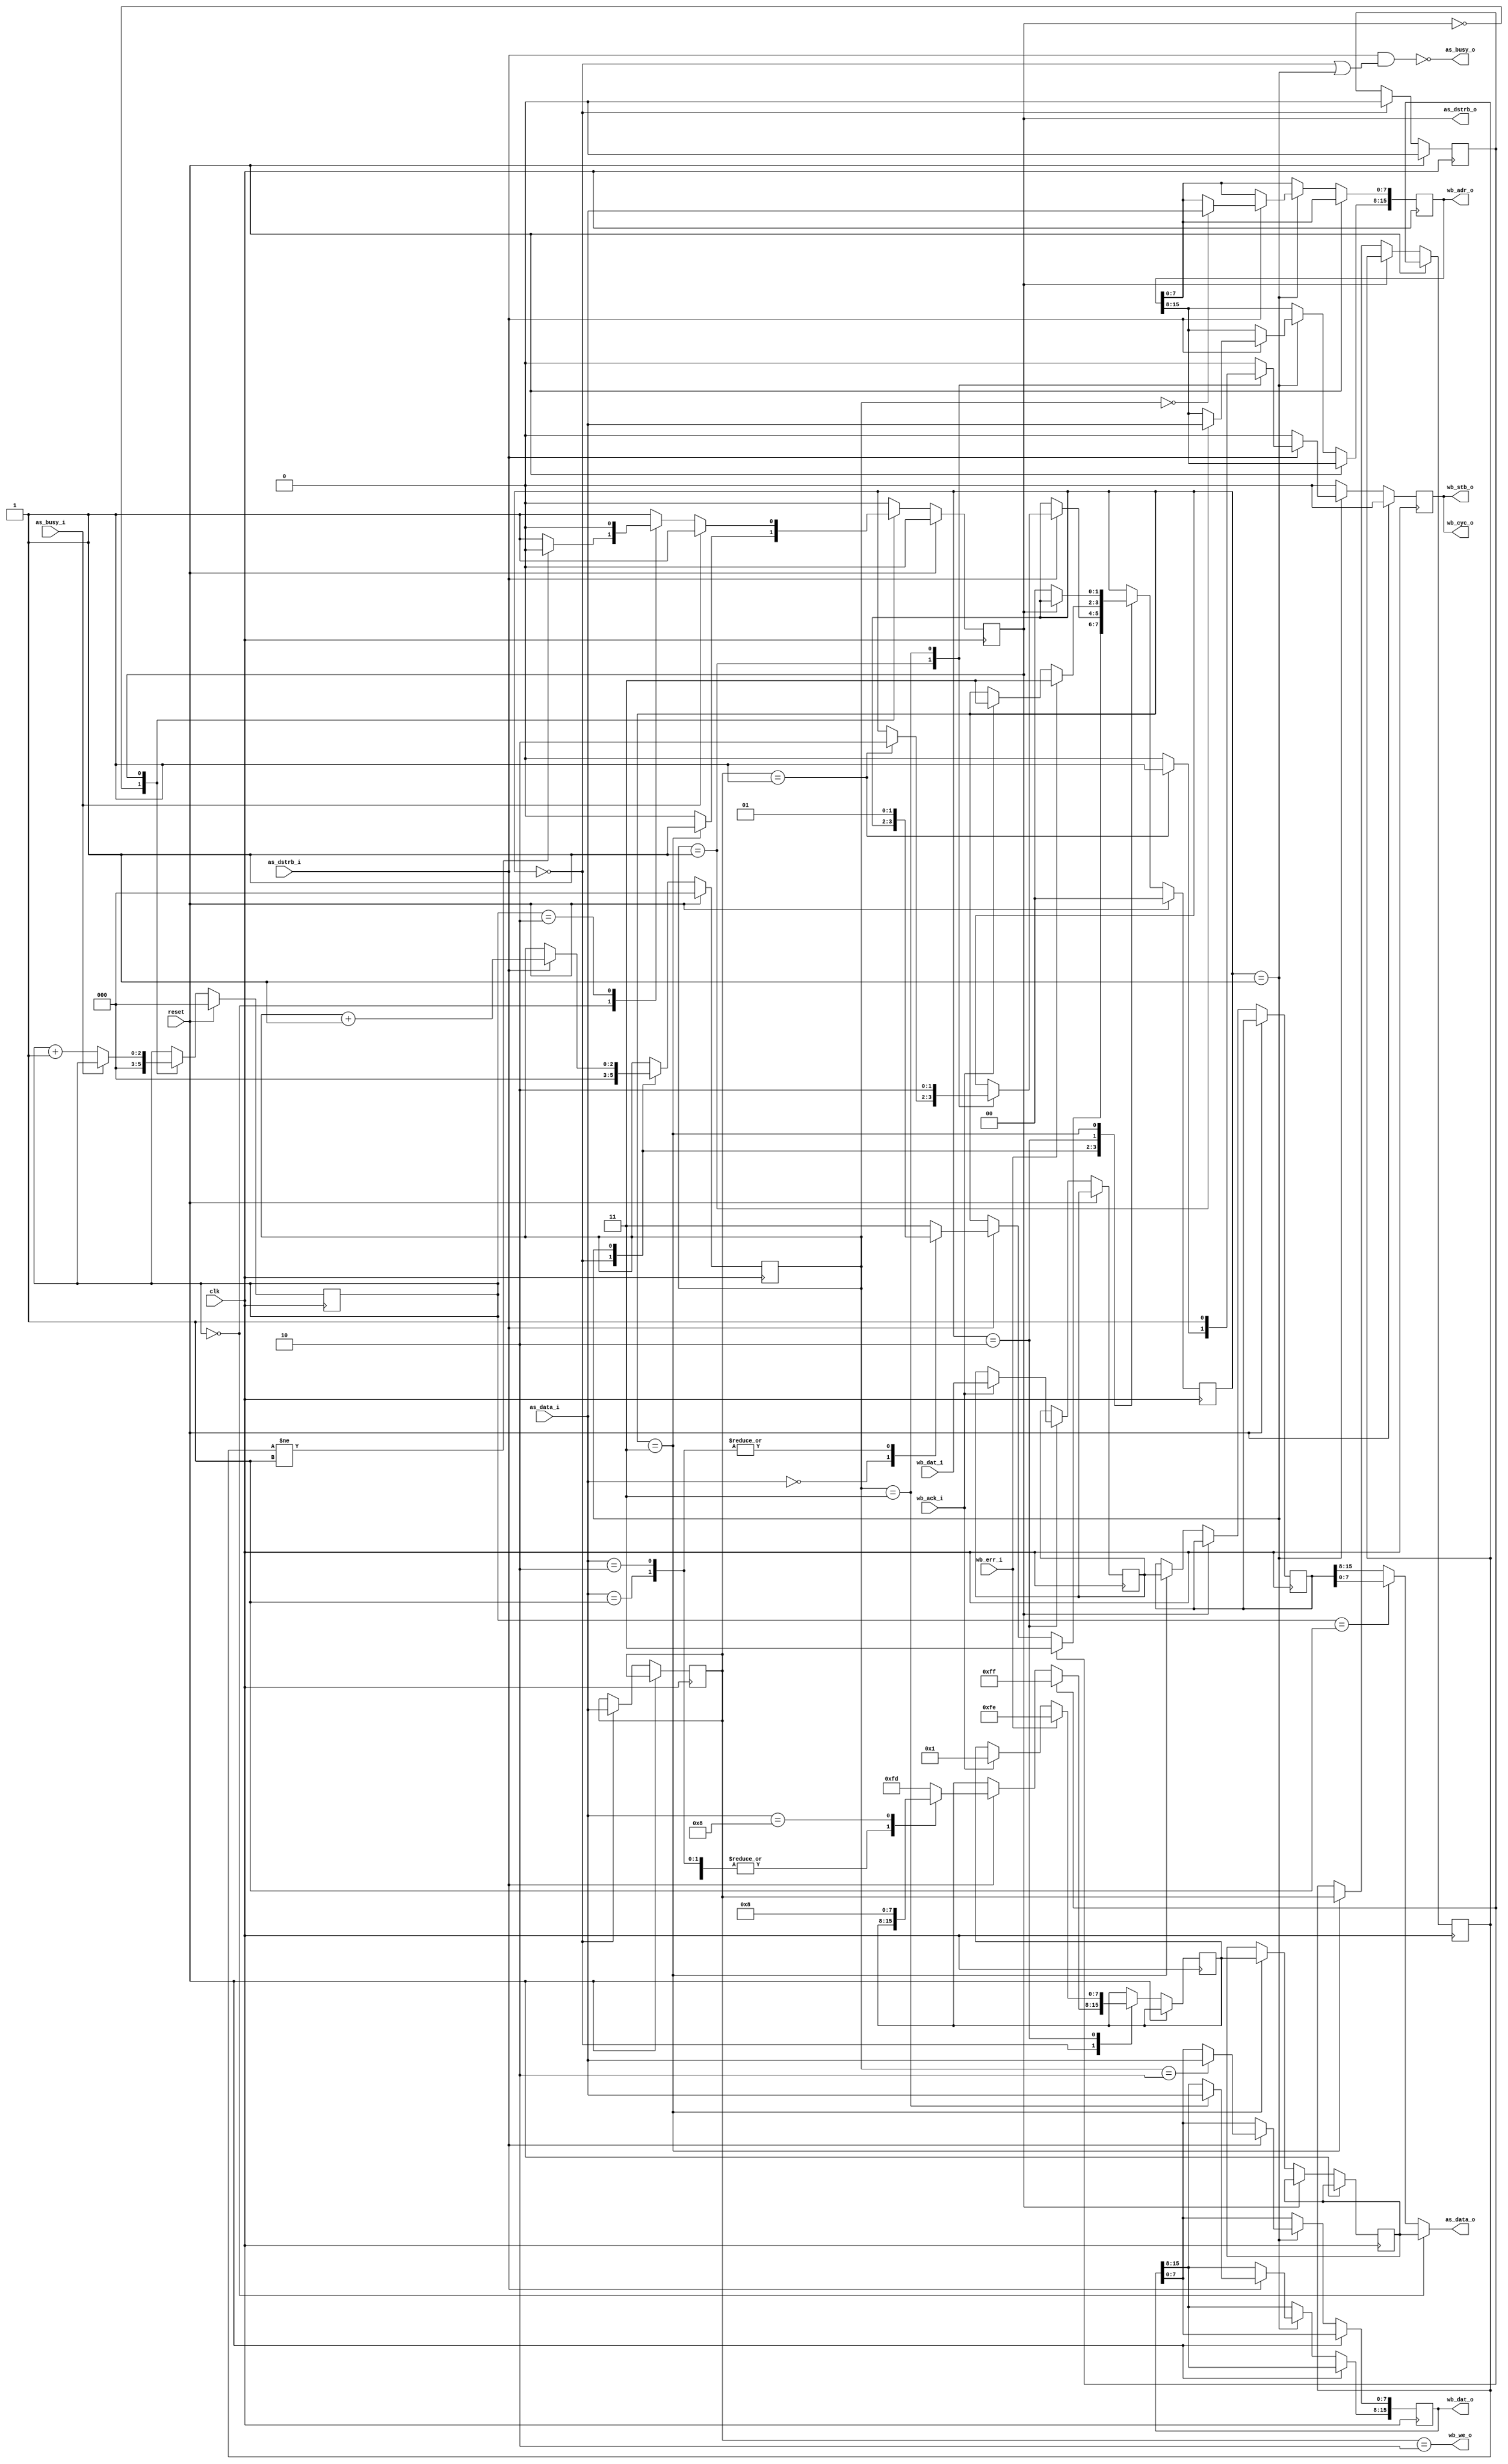
module as_wb_bridge(
    clk, reset, 
    as_data_i, as_dstrb_i, as_busy_o,
    as_data_o, as_dstrb_o, as_busy_i,

    wb_we_o, wb_cyc_o, wb_stb_o,
    wb_adr_o, wb_dat_o, wb_dat_i,
    wb_ack_i, wb_err_i
  ); 
  parameter USE_INPUT_FIFO  = 0;
  parameter USE_OUTPUT_FIFO = 0;

  input  clk, reset;
  
  input  [7:0] as_data_i;
  output [7:0] as_data_o;
  input  as_dstrb_i, as_busy_i;
  output as_dstrb_o, as_busy_o;
  
  output wb_we_o, wb_cyc_o, wb_stb_o;
  output [15:0] wb_adr_o;
  output [15:0] wb_dat_o;
  input  [15:0] wb_dat_i;
  input  wb_ack_i, wb_err_i;

  localparam COMMAND_NOP       = 8'd0;
  localparam COMMAND_READ      = 8'd1;
  localparam COMMAND_WRITE     = 8'd2;
  localparam COMMAND_PING      = 8'd8;

  localparam RESPONSE_ACK      = 8'd1;
  localparam RESPONSE_PING     = 8'd8;
  localparam RESPONSE_CMDERROR = 8'd253;
  localparam RESPONSE_BUSERROR = 8'd254;
  localparam RESPONSE_OVERFLOW = 8'd255;

  /* Global Data-In Signals */
  wire [7:0] datai;
  wire datai_valid;
  wire datai_rd;
  wire datai_overflow;

  /* Global Data-Out Signals */

  wire [7:0] datao;
  wire datao_valid;
  wire datao_ready;

  /* Wishbone Transmit Strobe */
  reg wb_transmit_strb;

  /* State Machine */

  reg [1:0] state;

  localparam STATE_COMMAND  = 3'd0;
  localparam STATE_COLLECT  = 3'd1;
  localparam STATE_WAIT     = 3'd2;
  localparam STATE_RESPONSE = 3'd3;

  reg  [7:0] cmd_type;
  reg [15:0] cmd_addr; 
  reg [15:0] cmd_data; 

  reg  [2:0] collect_progress;

  reg  [7:0] resp_type;
  reg [15:0] resp_data;

  reg datai_overflow_reg;

  wire response_ack;
  /* ack from response transmission logic */

  always @(posedge clk) begin
    /* Single-cycle strobes */
    wb_transmit_strb <= 1'b0;

    if (reset) begin
      state              <= STATE_COMMAND;
      collect_progress   <= 3'b0;
      datai_overflow_reg <= 1'b0;
    end else begin
      datai_overflow_reg <= datai_overflow_reg | datai_overflow;
      /* set overflow_reg if you get an overflow strb, but don't clear it if you don't */

      case (state)
        /* Command Type Processing */
        STATE_COMMAND: begin
          collect_progress  <= 3'b0;
          cmd_type          <= datai;

          if (datai_overflow_reg) begin
            datai_overflow_reg <= 1'b0;
            resp_type <= RESPONSE_OVERFLOW;
            state     <= STATE_RESPONSE;
          end else if (datai_valid) begin
            case (datai)
              COMMAND_NOP:   begin
              end
              COMMAND_READ:  begin
                state <= STATE_COLLECT;
              end
              COMMAND_WRITE: begin
                state <= STATE_COLLECT;
              end
              COMMAND_PING: begin
                resp_type <= RESPONSE_PING;
                state     <= STATE_RESPONSE;
              end
              default: begin
                resp_type <= RESPONSE_CMDERROR;
                state     <= STATE_RESPONSE;
              end
            endcase
          end
        end
        /* Command Collection */
        STATE_COLLECT: begin
          if (datai_valid) begin
            collect_progress <= collect_progress + 1;
            case (collect_progress)
              0: begin
                cmd_addr[ 7:0] <= datai;
              end
              1: begin
                cmd_addr[15:8] <= datai;
                if (cmd_type == COMMAND_READ) begin
                  wb_transmit_strb <= 1'b1;
                  state            <= STATE_WAIT;
                end
              end
              2: begin
                cmd_data[ 7:0] <= datai;
              end
              3: begin
                cmd_data[15:8]   <= datai;
                wb_transmit_strb <= 1'b1;
                state            <= STATE_WAIT;
              end
            endcase
          end
        end
        /* Wait for wishbone response */
        STATE_WAIT: begin
          if (wb_ack_i) begin
            resp_data <= wb_dat_i;
            resp_type <= RESPONSE_ACK;
            state     <= STATE_RESPONSE;
          end
          if (wb_err_i) begin
            resp_type <= RESPONSE_BUSERROR;
            state     <= STATE_RESPONSE;
          end
        end
        STATE_RESPONSE: begin
          if (response_ack) begin
            state     <= STATE_COMMAND;
          end
        end
      endcase
    end
  end 

  /* Response transmission logic */

  reg response_state;
  reg  [2:0] response_progress;

  reg  [7:0] cmd_type_buf;
  reg  [7:0] resp_type_buf;
  reg [15:0] resp_data_buf;

  assign response_ack = response_state == 1'b0;

  always @(posedge clk) begin
    if (reset) begin
      response_state <= 1'b0;
      response_progress <= 3'd0;
    end else begin
      case (response_state)
        0: begin
          response_progress <= 3'd0;
          if (state == STATE_RESPONSE) begin
            cmd_type_buf  <= cmd_type;
            resp_data_buf <= resp_data;
            resp_type_buf <= resp_type;
            response_state <= 1;
          end
        end
        1: begin
          if (datao_ready) begin
            response_progress <= response_progress + 1;
            case (response_progress)
              0: begin
                if (cmd_type_buf != COMMAND_READ) begin
                  response_state <= 0;
                end
              end
              1: begin
              end
              2: begin
                response_state <= 0;
              end
            endcase
          end
        end
      endcase
    end
  end

  assign datao_valid = response_state == 1'b1;
  assign datao       = response_progress == 0 ? resp_type_buf     :
                       response_progress == 1 ? resp_data_buf[7:0] :
                                                resp_data_buf[15:8];

  /* Wishbone Assignments */

  assign wb_cyc_o = wb_transmit_strb;
  assign wb_stb_o = wb_transmit_strb;
  assign wb_we_o  = cmd_type == COMMAND_WRITE;
  assign wb_adr_o = cmd_addr;
  assign wb_dat_o = cmd_data;

  /* AS interface <-> FIFOs Assignments */

  wire as_rx_busy = !(datai_valid && (state == STATE_COMMAND || state == STATE_COLLECT));

generate if (USE_INPUT_FIFO) begin : input_fifo_enabled

  /* FWFT */

  wire in_fifo_empty;
  wire in_fifo_afull;

  fifo_512_8 data_fifo_in (
    .reset   (reset),

    .rd_clk    (clk),
    .rd_data   (datai),
    .rd_en     (datai_valid && !as_rx_busy),

    .wr_clk    (clk),
    .wr_data   (as_data_i),
    .wr_en     (as_dstrb_i),

    .empty     (in_fifo_empty),
    .full      (),
    .aempty    (),
    .afull     (in_fifo_afull)
  );

  assign datai_valid = !in_fifo_empty;
  assign as_busy_o   = in_fifo_afull;

end else begin : input_fifo_disabled
  /* datai */
  assign datai          = as_data_i;
  assign datai_valid    = as_dstrb_i;
  assign datai_overflow = 1'b0;
  assign as_busy_o      = as_rx_busy;
end endgenerate

  /* datao */

generate if (USE_OUTPUT_FIFO) begin : output_fifo_enabled

  wire out_fifo_empty;
  wire out_fifo_afull;

  fifo_512_8 data_fifo_in (
    .reset   (reset),

    .rd_clk    (clk),
    .rd_data   (as_data_o),
    .rd_en     (as_dstrb_o && !as_busy_i),

    .wr_clk    (clk),
    .wr_data   (datao),
    .wr_en     (datao_valid && datao_ready),

    .empty     (out_fifo_empty),
    .full      (),
    .aempty    (),
    .afull     (out_fifo_afull)
  );
  assign as_dstrb_o  = !out_fifo_empty;
  assign datao_ready = !out_fifo_afull;
  
end else begin : output_fifo_disabled
  assign as_data_o   = datao;
  assign as_dstrb_o  = datao_valid;
  assign datao_ready = !as_busy_i;
end endgenerate

endmodule